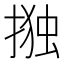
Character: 𭡫